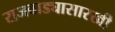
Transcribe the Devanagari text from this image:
राजवाड्यासारखी